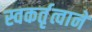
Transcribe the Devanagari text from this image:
स्वकर्तृत्वाने